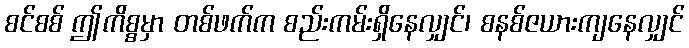
စင်စစ် ဤကိစ္စမှာ တစ်ဖက်က စည်းကမ်းရှိနေလျှင်၊ စနစ်ဇယားကျနေလျှင်